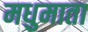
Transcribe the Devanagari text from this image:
मधुमाता